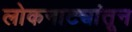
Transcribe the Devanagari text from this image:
लोकनाट्यांतून